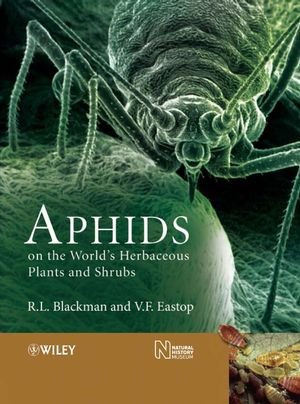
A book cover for Aphids on the World's Herbaceous Plants and Shrubs (2 Volume Set); R. L. Blackman; Science & Math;